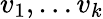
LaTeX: v_{1},\dots v_{k}